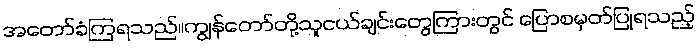
အတော်ခံကြရသည်။ကျွန်တော်တို့သူငယ်ချင်းတွေကြားတွင် ပြောစမှတ်ပြုရသည့်